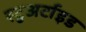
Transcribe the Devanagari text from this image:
स्टुअर्टाइड